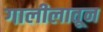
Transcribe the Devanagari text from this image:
गालीलातून